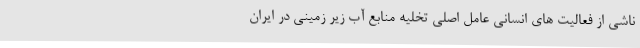
ناشی از فعالیت های انسانی عامل اصلی تخلیه منابع آب زیر زمینی در ایران